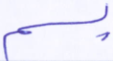
بسم